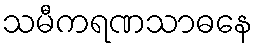
သမီကရဏသာဓနေ